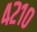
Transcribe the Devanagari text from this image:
४२१०